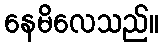
နေမိလေသည်။